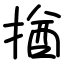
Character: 揂